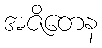
အဇိတေန